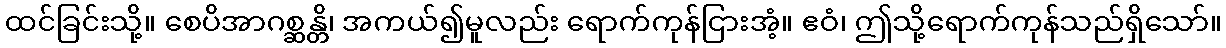
ထင်ခြင်းသို့။ စေပိအာဂစ္ဆန္တိ၊ အကယ်၍မူလည်း ရောက်ကုန်ငြားအံ့။ ဧဝံ၊ ဤသို့ရောက်ကုန်သည်ရှိသော်။